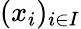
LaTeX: (x_{i})_{i\in I}